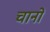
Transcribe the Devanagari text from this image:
चानो